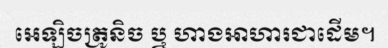
អេឡិចត្រូនិច ឬ ហាងអាហារជាដើម។